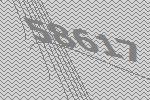
58617